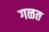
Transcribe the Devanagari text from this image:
गळत